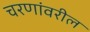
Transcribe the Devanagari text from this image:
चरणांवरील